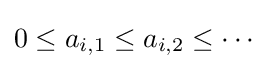
0\leq a_{i,1}\leq a_{i,2}\leq \cdots